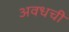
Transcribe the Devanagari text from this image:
अवधची